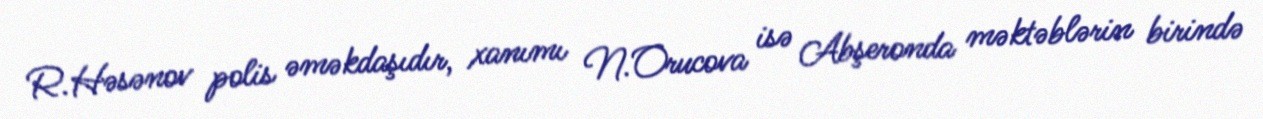
R.Həsənov polis əməkdaşıdır, xanımı N.Orucova isə Abşeronda məktəblərin birində